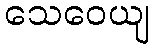
သေဝေယျ